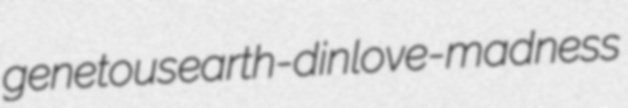
genetous earth-din love-madness